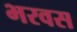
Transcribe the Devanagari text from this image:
भरवस